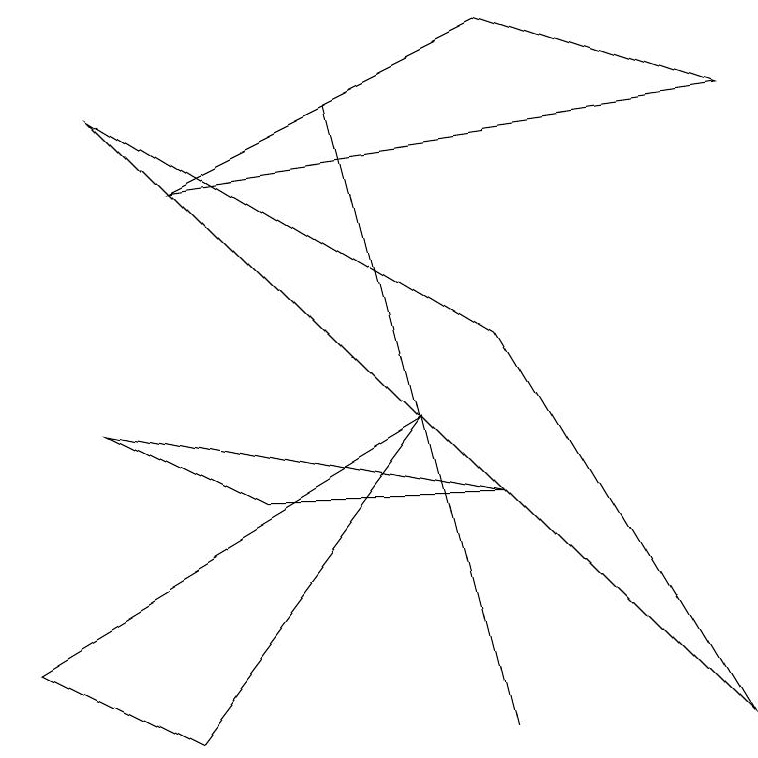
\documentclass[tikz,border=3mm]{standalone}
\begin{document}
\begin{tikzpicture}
\draw (1,8) -- (6,5) -- (9,0) -- cycle;
\draw (6,9) -- (9,8) -- (2,7) -- cycle;
\draw (4,8) -- (4,8) -- (6,0) -- cycle;
\draw (2,0) -- (0,1) -- (5,4) -- cycle;
\draw (1,4) -- (6,3) -- (3,3) -- cycle;
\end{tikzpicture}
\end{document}